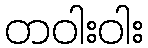
တဝါးဝါး